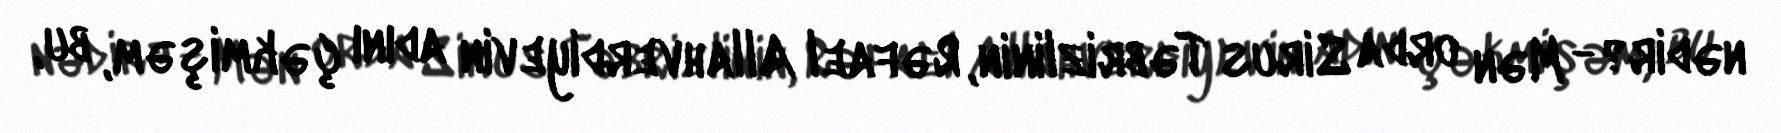
nədir?- Mən orda Sirus Təbrizlinin, Rəfael Allahverdiyevin adını çəkmişəm, bu,